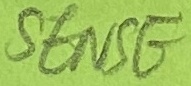
Text: SENSE